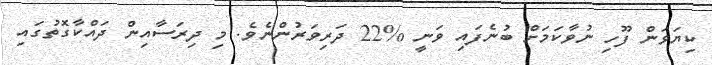
ކިޔަވަން ފޫހި ނުވާކަމަށް ބުނެފައި ވަނީ %22 ދަރިވަރުންނެވެ. މި ދިރަސާއިން ދައްކާގޮތުގައި